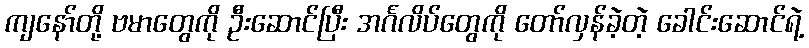
ကျနော်တို့ ဗမာတွေကို ဦးဆောင်ပြီး အင်္ဂလိပ်တွေကို တော်လှန်ခဲ့တဲ့ ခေါင်းဆောင်ရဲ့